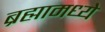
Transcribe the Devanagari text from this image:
ब्रह्मामध्ये